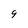
Character: 9